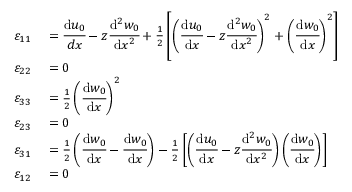
\begin{array} { r l } { \varepsilon _ { 1 1 } } & { { } = { \cfrac { \mathrm { d } u _ { 0 } } { d x } } - z { \cfrac { \mathrm { d } ^ { 2 } w _ { 0 } } { \mathrm { d } x ^ { 2 } } } + { \frac { 1 } { 2 } } \left[ \left( { \cfrac { \mathrm { d } u _ { 0 } } { \mathrm { d } x } } - z { \cfrac { \mathrm { d } ^ { 2 } w _ { 0 } } { \mathrm { d } x ^ { 2 } } } \right) ^ { 2 } + \left( { \cfrac { \mathrm { d } w _ { 0 } } { \mathrm { d } x } } \right) ^ { 2 } \right] } \\ { \varepsilon _ { 2 2 } } & { { } = 0 } \\ { \varepsilon _ { 3 3 } } & { { } = { \frac { 1 } { 2 } } \left( { \cfrac { \mathrm { d } w _ { 0 } } { \mathrm { d } x } } \right) ^ { 2 } } \\ { \varepsilon _ { 2 3 } } & { { } = 0 } \\ { \varepsilon _ { 3 1 } } & { { } = { \frac { 1 } { 2 } } \left( { \cfrac { \mathrm { d } w _ { 0 } } { \mathrm { d } x } } - { \cfrac { \mathrm { d } w _ { 0 } } { \mathrm { d } x } } \right) - { \frac { 1 } { 2 } } \left[ \left( { \cfrac { \mathrm { d } u _ { 0 } } { \mathrm { d } x } } - z { \cfrac { \mathrm { d } ^ { 2 } w _ { 0 } } { \mathrm { d } x ^ { 2 } } } \right) \left( { \cfrac { \mathrm { d } w _ { 0 } } { \mathrm { d } x } } \right) \right] } \\ { \varepsilon _ { 1 2 } } & { { } = 0 } \end{array}